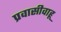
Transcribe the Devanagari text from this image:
प्रवासीवाहू